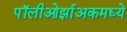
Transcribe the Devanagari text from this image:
पॉलीओर्झाअकमध्ये